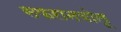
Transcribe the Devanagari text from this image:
सफरानबोलू